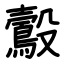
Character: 鷇